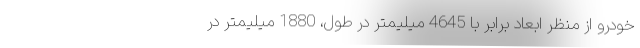
خودرو از منظر ابعاد برابر با 4645 میلیمتر در طول، 1880 میلیمتر در